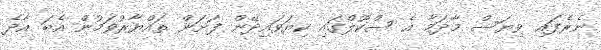
ނެރެފައި ވިޔަސް މާދަމާ އެ ސްކޫލްގައި ކިޔަވައިދޭން ފަށަން ތައްޔާރުވަމުން އެބަ އާދެ